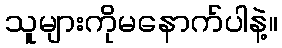
သူများကိုမနောက်ပါနဲ့။